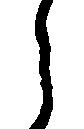
々